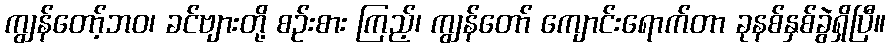
ကျွန်တော့်ဘဝ၊ ခင်ဗျားတို့ စဉ်းစား ကြည့်၊ ကျွန်တော် ကျောင်းရောက်တာ ခုနစ်နှစ်ခွဲရှိပြီ။